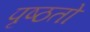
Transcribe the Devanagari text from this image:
पृष्ठतो